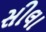
સીલા